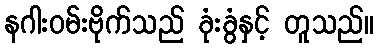
နဂါးဝမ်းဗိုက်သည် ခုံးခွံနှင့် တူသည်။